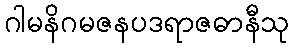
ဂါမနိဂမဇနပဒရာဇဓာနီသု